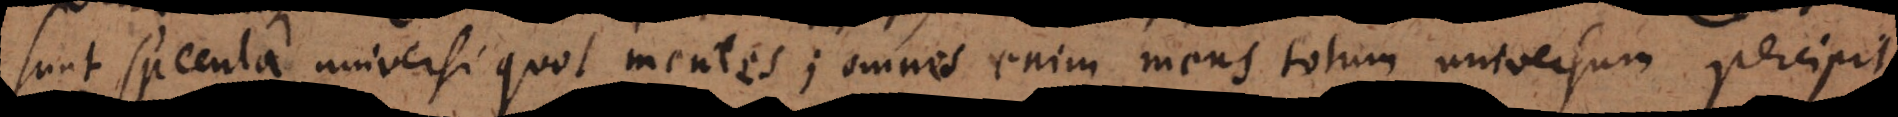
sunt specula universi quot mentes; omnis enim mens totum universum percipit,